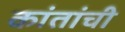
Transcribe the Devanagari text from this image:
कांतांची